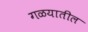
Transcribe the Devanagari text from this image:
गळयातील